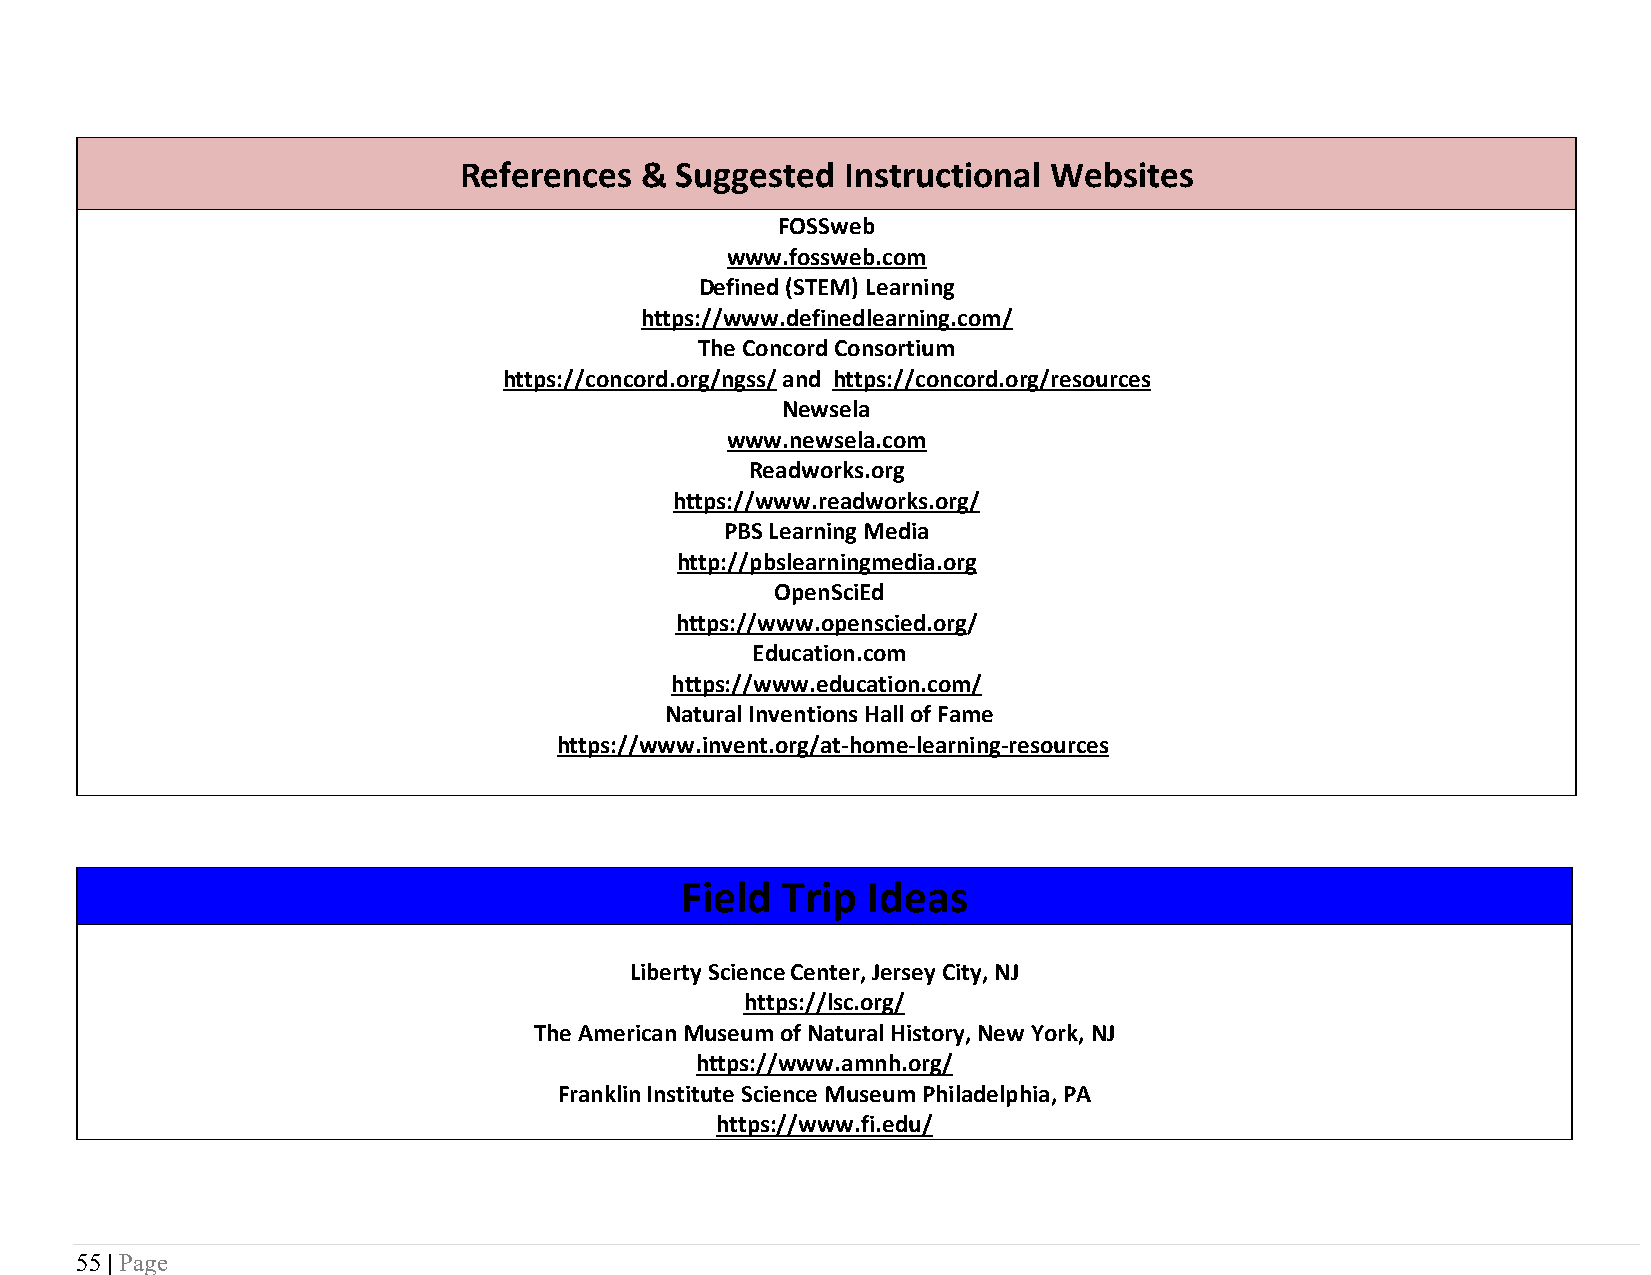
References  &  Suggested  Instructional Websites
 FOSSweb
 www.fossweb.com
 Defined (STEM) Learning
 https://www.definedlearning.com/
 The Concord Consortium
 https://concord.org/ngss/ and https://concord.org/resources
 Newsela
 www.newsela.com
 Readworks.org
 https://www.readworks.org/
 PBS Learning Media
 http://pbslearningmedia.org
 OpenSciEd
 https://www.openscied.org/
 Education.com
 https://www.education.com/
 Natural Inventions Hall of Fame
 https://www.invent.org/at-home-learning-resources
 Field  Trip Ideas
 Liberty Science Center, Jersey City, NJ
 https://lsc.org/
 The American Museum of Natural History, New York, NJ
 https://www.amnh.org/
 Franklin Institute Science Museum Philadelphia, PA
 https://www.fi.edu/
 55 | Page